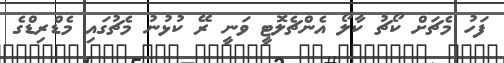
ފަހު މެޗަށް ކޯޗު ކާލޯ އެންޗެލޮޓީ ވަނީ ރޭ ކުޅުނު މެޗުގައި މެޑްރިޑްގެ